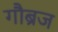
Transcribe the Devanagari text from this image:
गौब्रज